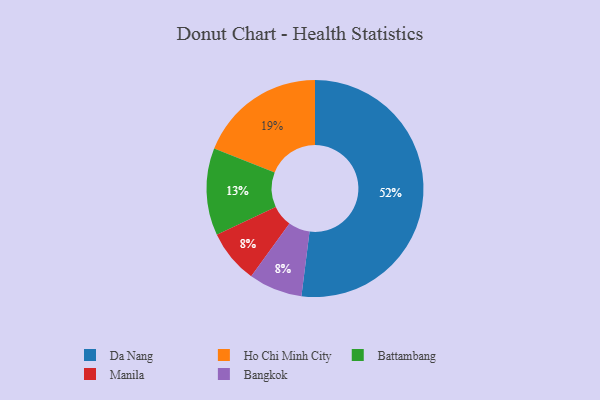
{"axis": {"x": "Category", "y": "Percentage"}, "legend": ["Bangkok", "Battambang", "Da Nang", "Ho Chi Minh City", "Manila"], "data": [{"x": "Ho Chi Minh City", "y": 19, "type": "Ho Chi Minh City"}, {"x": "Battambang", "y": 13, "type": "Battambang"}, {"x": "Manila", "y": 8, "type": "Manila"}, {"x": "Da Nang", "y": 52, "type": "Da Nang"}, {"x": "Bangkok", "y": 8, "type": "Bangkok"}]}